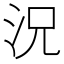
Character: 況